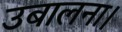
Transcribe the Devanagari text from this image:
उबालना।